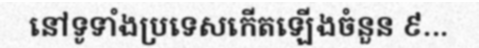
នៅទូទាំងប្រទេសកើតឡើងចំនួន ៩...